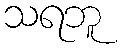
သရဘူ